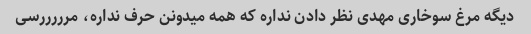
دیگه مرغ سوخاری مهدی نظر دادن نداره که همه میدونن حرف نداره، مرررررسی